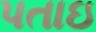
પતાઇ